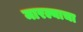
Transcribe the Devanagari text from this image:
मारल्याचा